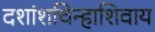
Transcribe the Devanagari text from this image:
दशांशचिन्हाशिवाय